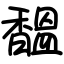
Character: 馧